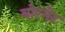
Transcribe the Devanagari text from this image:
बोरगेट